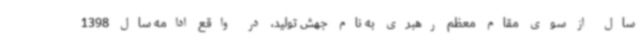
سال از سوی مقام معظم رهبری به نام جهش تولید، در واقع ادامه سال 1398